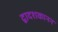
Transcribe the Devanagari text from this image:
द्वादशकानन